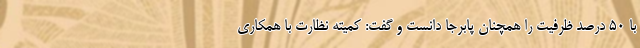
با 50 درصد ظرفیت را همچنان پابرجا دانست و گفت: کمیته نظارت با همکاری